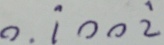
0 . \dot { 1 } 0 0 \dot { 2 }